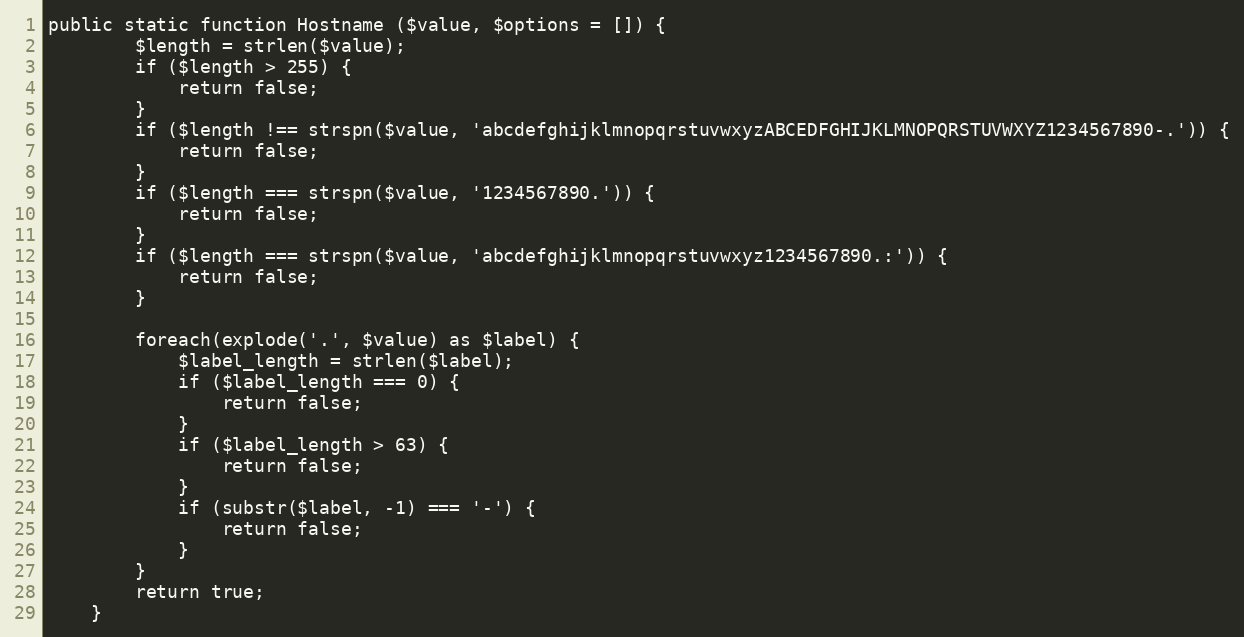
Language: PHP
public static function Hostname ($value, $options = []) {
		$length = strlen($value);
		if ($length > 255) {
			return false;
		}
		if ($length !== strspn($value, 'abcdefghijklmnopqrstuvwxyzABCEDFGHIJKLMNOPQRSTUVWXYZ1234567890-.')) {
			return false;
		}
		if ($length === strspn($value, '1234567890.')) {
			return false;
		}
		if ($length === strspn($value, 'abcdefghijklmnopqrstuvwxyz1234567890.:')) {
			return false;
		}

		foreach(explode('.', $value) as $label) {
			$label_length = strlen($label);
			if ($label_length === 0) {
				return false;
			}
			if ($label_length > 63) {
				return false;
			}
			if (substr($label, -1) === '-') {
				return false;
			}
		}
		return true;
	}